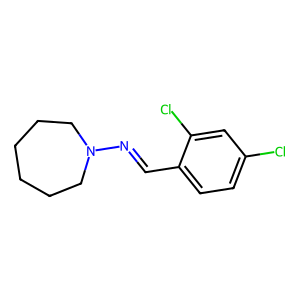
SMILES: Clc1ccc(C=NN2CCCCCC2)c(Cl)c1
Inhibits HIV replication: No